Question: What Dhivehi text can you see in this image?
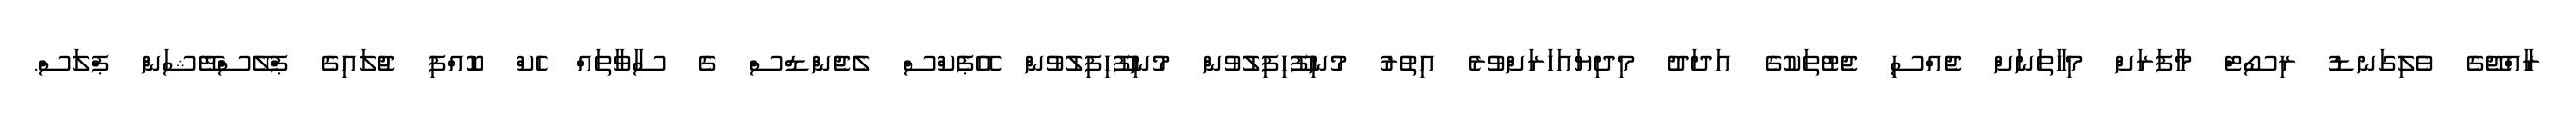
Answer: ރާއްޖޭގެ ވެލިގަނޑު ރިސޯޓް މާފަރަށް މިހާތަނަށް ޖެއްސި ޖެޓުތަކުގެ އަދަދު މިދިޔައަހަރަށްވުރެ އިތުރު މުނިފޫހިފިލުވުން މުނިފޫހިފިލުވުން އޭޕެކްސް ލެޖެންޑްސް ގެ ސާވާތައް ހެކް ކޮއްފި ޖުލައިގެ ޕްލޭސްްޓޭޝަން ޕްލަސް.